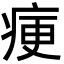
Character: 㾘